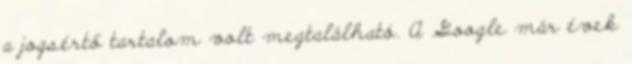
a jogsértő tartalom volt megtalálható. A Google már évek